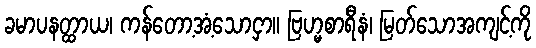
ခမာပနတ္ထာယ၊ ကန်တော့အံ့သောငှာ။ ဗြဟ္မစာရီနံ၊ မြတ်သောအကျင့်ကို